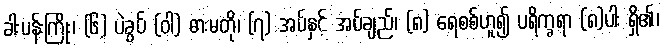
ခါးပန်းကြိုး၊ (၆) ပဲခွပ် (ဝါ) ဓားမတို၊ (၇) အပ်နှင့် အပ်ချည်၊ (၈) ရေစစ်ဟူ၍ ပရိက္ခရာ (၈)ပါး ရှိ၏၊